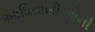
આધિવાસીઓની